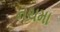
નચમા